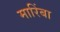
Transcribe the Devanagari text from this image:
मारिंबा